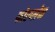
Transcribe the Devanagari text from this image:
फोरप्लेन